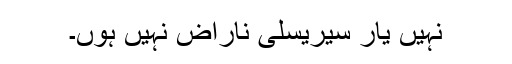
نہیں یار سیریسلی ناراض نہیں ہوں۔